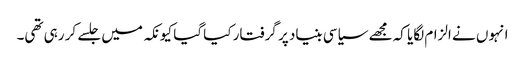
انہوں نے الزام لگایا کہ مجھے سیاسی بنیاد پر گرفتار کیا گیا کیونکہ میں جلسے کر رہی تھی۔